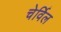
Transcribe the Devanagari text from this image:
चेर्विल